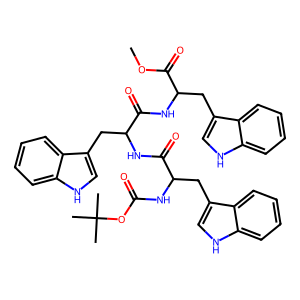
SMILES: COC(=O)C(Cc1c[nH]c2ccccc12)NC(=O)C(Cc1c[nH]c2ccccc12)NC(=O)C(Cc1c[nH]c2ccccc12)NC(=O)OC(C)(C)C
Inhibits HIV replication: No